Indian Civil Veterinary Department memoirs
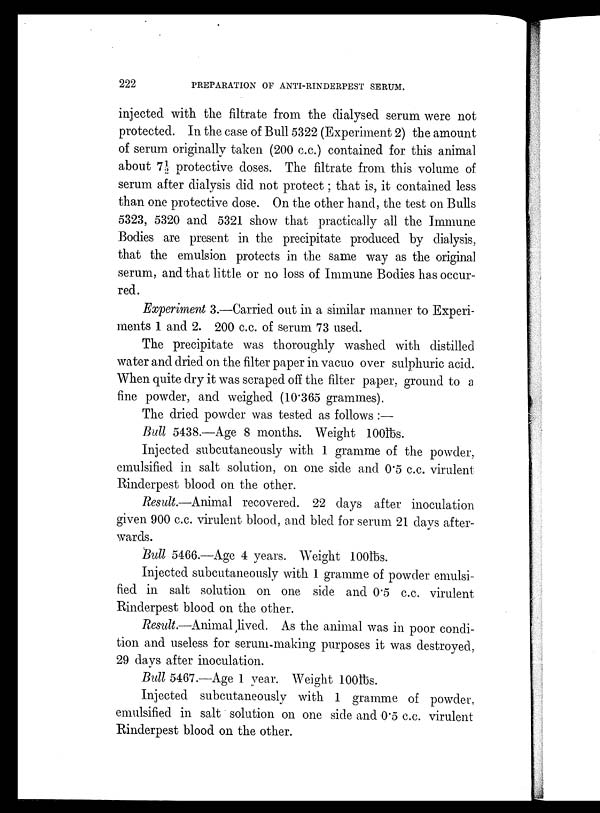
222
PREPARATION OF ANTI-RINDERPEST SERUM.
injected with the filtrate from the dialysed serum were not
protected. In the case of Bull 5322 (Experiment 2) the amount
of serum originally taken (200 c.c.) contained for this animal
about 7½ protective doses. The filtrate from this volume of
serum after dialysis did not protect; that is, it contained less
than one protective dose. On the other hand, the test on Bulls
5323, 5320 and 5321 show that practically all the Immune
Bodies are present in the precipitate produced by dialysis,
that the emulsion protects in the same way as the original
serum, and that little or no loss of Immune Bodies has occur-
red.
Experiment 3.—Carried out in a similar manner to Experi-
ments 1 and 2. 200 c.c. of serum 73 used.
The precipitate was thoroughly washed with distilled
water and dried on the filter paper in vacuo over sulphuric acid.
When quite dry it was scraped off the filter paper, ground to a
fine powder, and weighed (10.365 grammes).
The dried powder was tested as follows :—
Bull 5438.—Age 8 months. Weight 100lbs.
Injected subcutaneously with 1 gramme of the powder,
emulsified in salt solution, on one side and 0.5 c.c. virulent
Rinderpest blood on the other.
Result.—Animal recovered. 22 days after inoculation
given 900 c.c. virulent blood, and bled for serum 21 days after-
wards.
Bull 5466.—Age 4 years. Weight 100lbs.
Injected subcutaneously with 1 gramme of powder emulsi-
fied in salt solution on one side and 0.5 c.c. virulent
Rinderpest blood on the other.
Result.—Animal lived. As the animal was in poor condi-
tion and useless for serum-making purposes it was destroyed,
29 days after inoculation.
Bull 5467.—Age 1 year. Weight 100lbs.
Injected subcutaneously with 1 gramme of powder,
emulsified in salt solution on one side and 0.5 c.c. virulent
Rinderpest blood on the other.